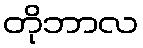
တိုဘာလ